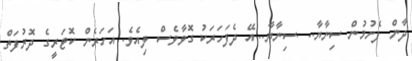
ދާން ފެށުމުން ސިނާޔާ.. .ސިނާޔާ...އޭ ދެފަހަރަކު ގޮވާވެސް ލިއެވެ. އަހަރެން ކޮޓަރީގެ ދޮރުފަތް